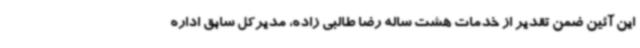
این آئین ضمن تقدیر از خدمات هشت ساله رضا طالبی زاده، مدیرکل سابق اداره